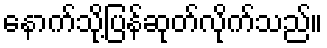
နောက်သို့ပြန်ဆုတ်လိုက်သည်။